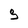
Character: g